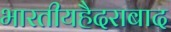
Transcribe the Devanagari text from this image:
भारतीयहैदराबाद